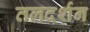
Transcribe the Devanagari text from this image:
तलदर्शन